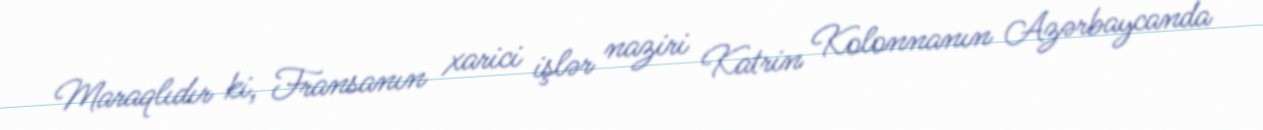
Maraqlıdır ki, Fransanın xarici işlər naziri Katrin Kolonnanın Azərbaycanda